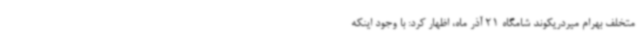
متخلف بهرام میردریکوند شامگاه 21 آذر ماه، اظهار کرد: با وجود اینکه